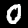
Digit: 0